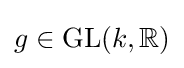
g\in \mathrm {GL} (k,\mathbb {R} )